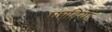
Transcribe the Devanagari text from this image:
पपड़ियाँ